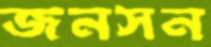
জনসন